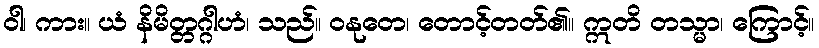
ဝါ၊ ကား။ ယံ နိမိတ္တဂ္ဂါဟံ၊ သည်။ ဝနုတေ၊ တောင့်တတ်၏။ ဣတိ တသ္မာ၊ ကြောင့်။